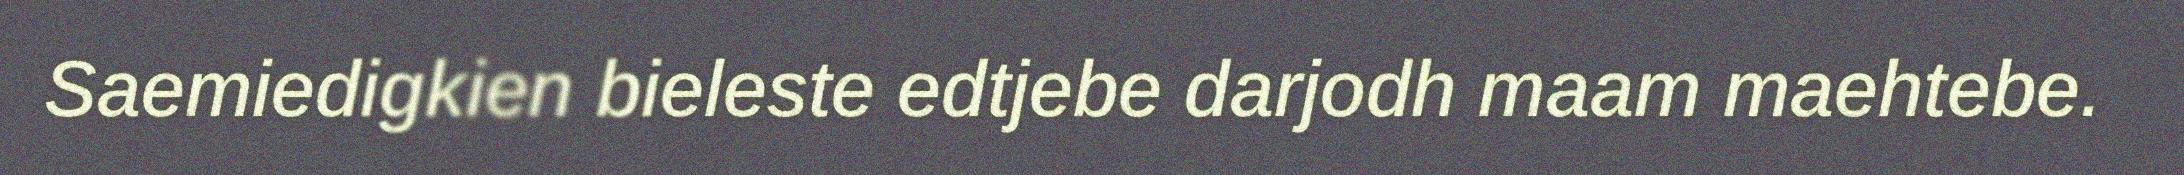
Saemiedigkien bieleste edtjebe darjodh maam maehtebe.